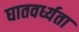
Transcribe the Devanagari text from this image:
घातवर्ध्यता